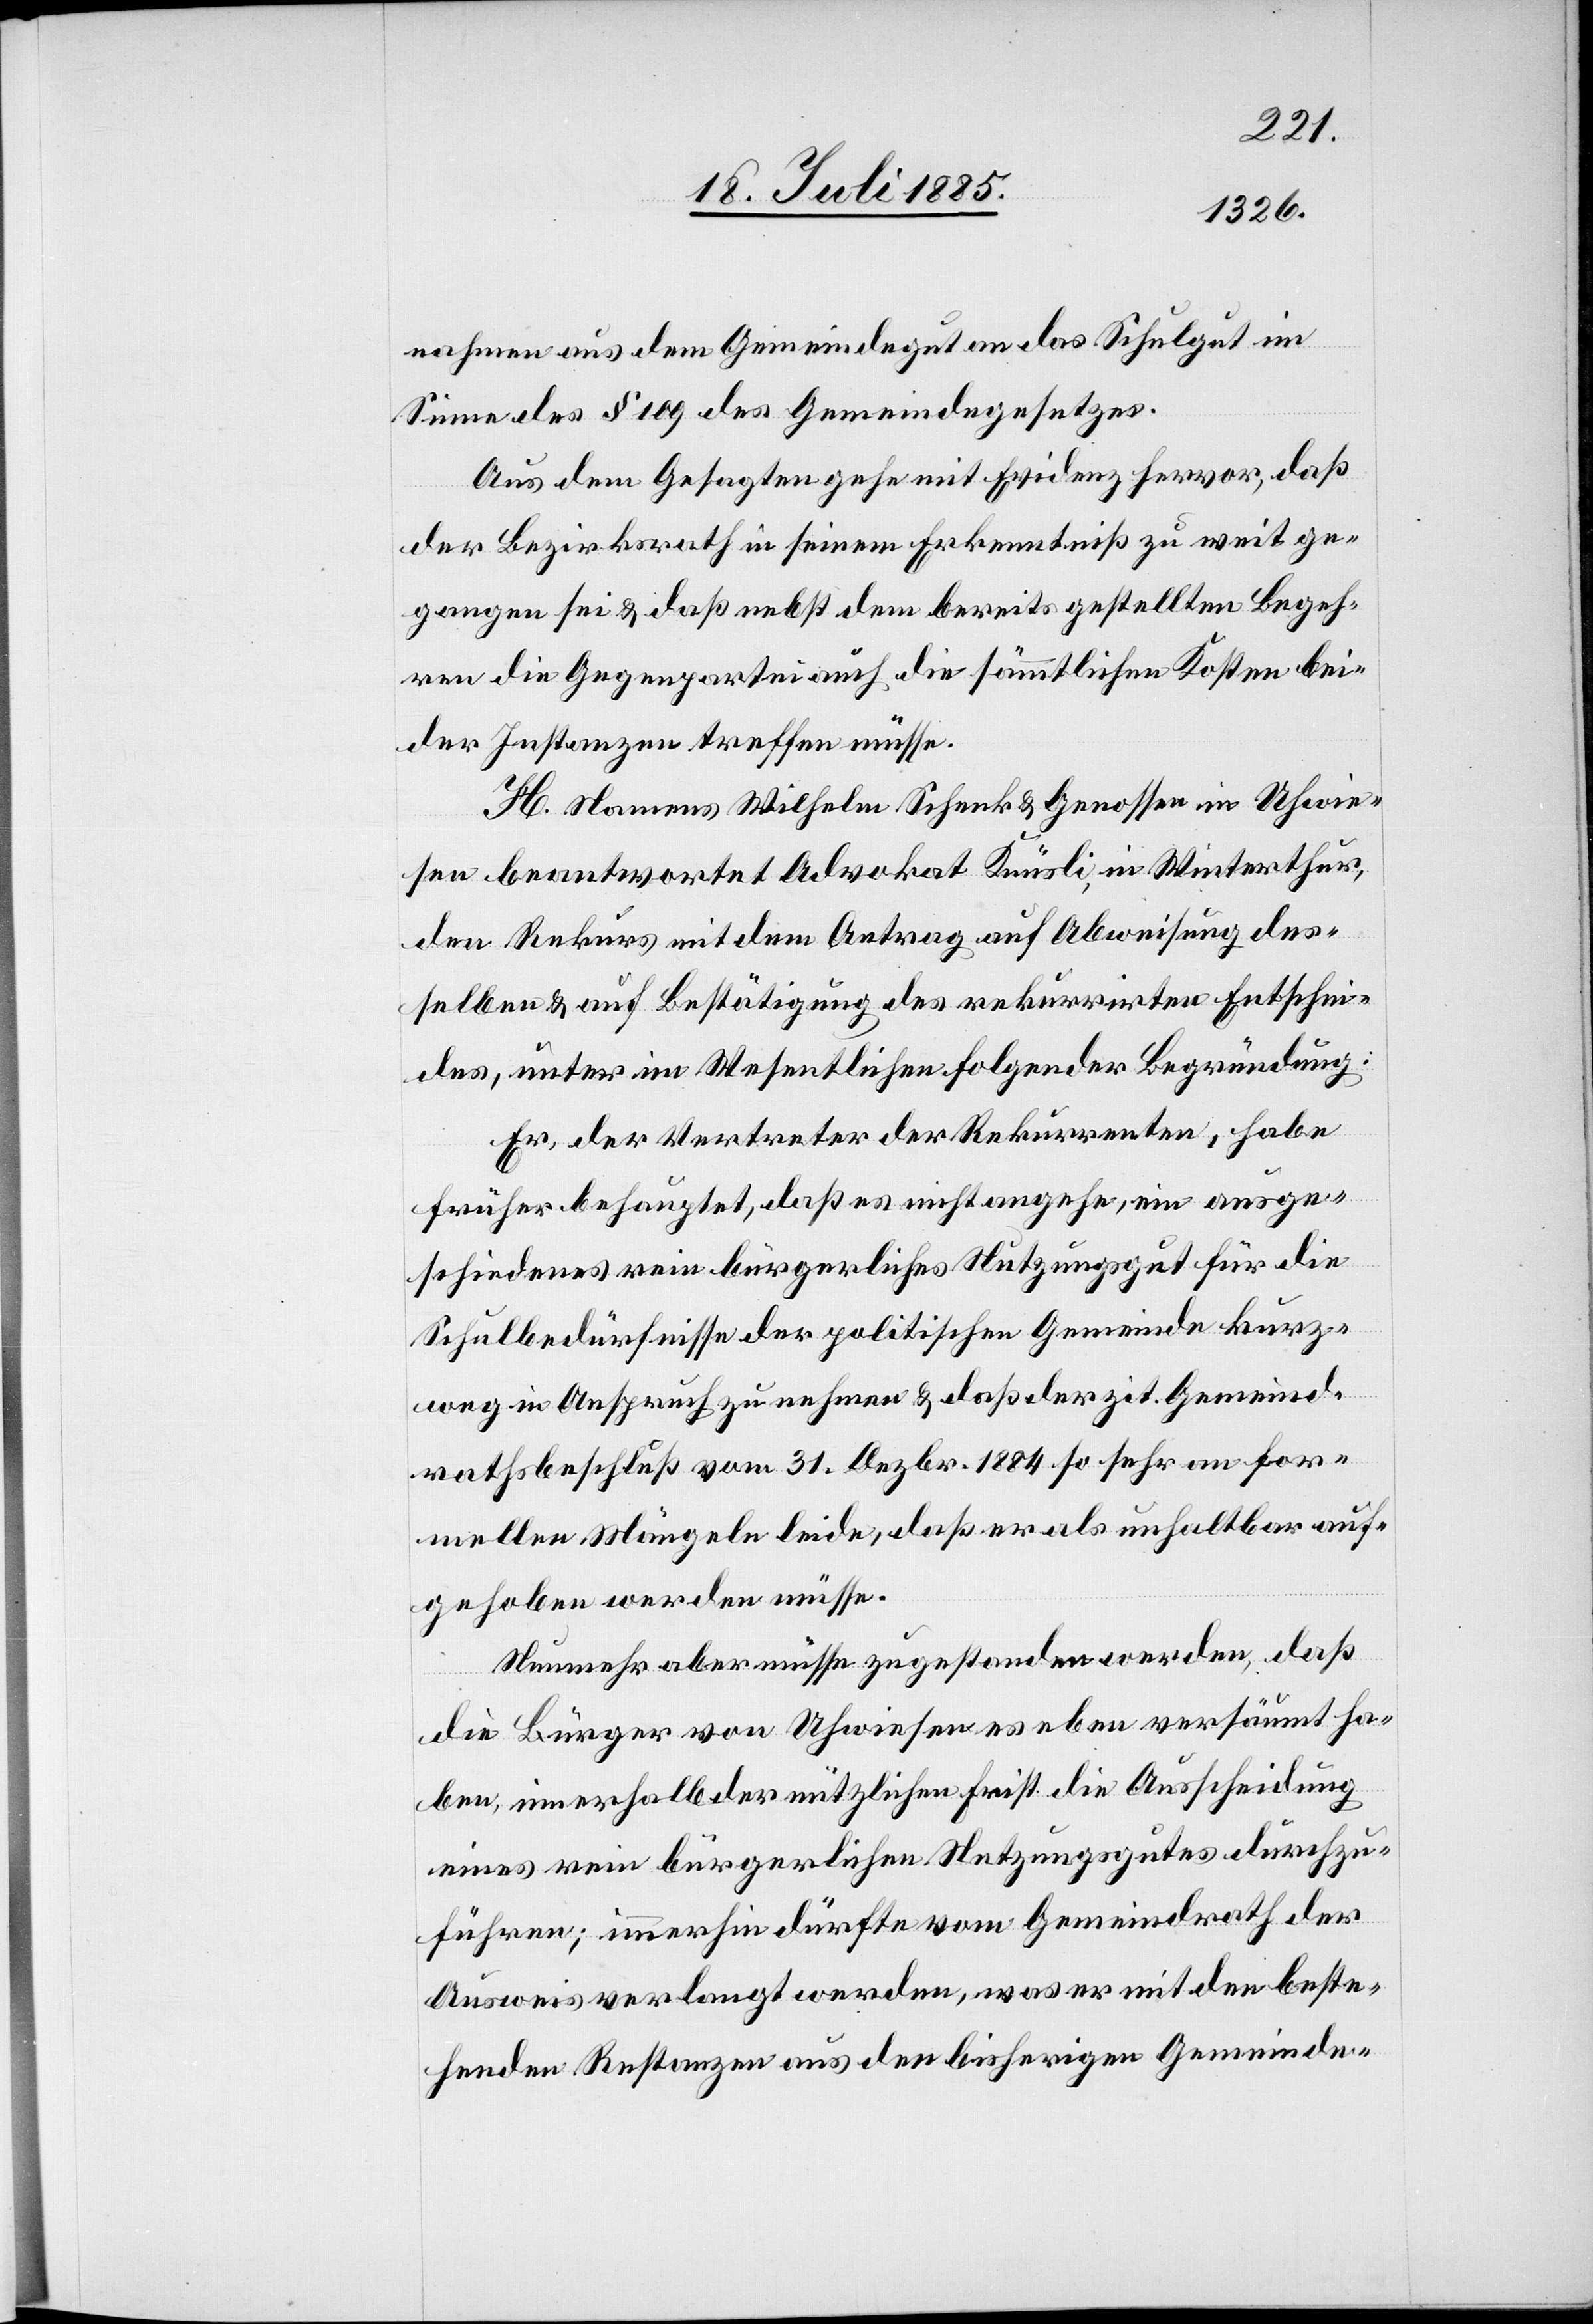
nahmen aus dem Gemeindegut an das Schulgut im
Sinne des § 109 des Gemeindegesetzes.
Aus dem Gesagten gehe mit Evidenz hervor, daß
der Bezirksrath in seinem Erkenntniß zu weit ge¬
gangen sei & daß nebst dem bereits gestellten Begeh¬
ren die Gegenpartei auch die sämmtlichen Kosten bei¬
der Instanzen treffen müsse.
H. Namens Wilhelm Schenk & Genossen in Uhwie¬
sen beantwortet Advokat Knüsli, in Winterthur,
den Rekurs mit dem Antrag auf Abweisung des¬
selben & auf Bestätigung des rekurrirten Entschei¬
des, unter im Wesentlichen folgender Begründung:
Er, der Vertreter der Rekurrenten, habe
früher behauptet, daß es nicht angehe, ein ausge¬
schiedenes rein bürgerliches Nutzungsgut für die
Schulbedürfnisse der politischen Gemeinde kurz¬
weg in Anspruch zu nehmen & daß der zit. Gemeind¬
rathsbeschluß vom 31. Dezbr. 1884 so sehr an for¬
mellen Mängeln leide, daß er als unhaltbar auf¬
gehoben werden müsse.
Nunmehr aber müsse zugestanden werden, daß
die Bürger von Uhwiesen es eben versäumt ha¬
ben, innerhalb der nützlichen Frist die Ausscheidung
eines rein bürgerlichen Nutzungsgutes durchzu¬
führen; immerhin dürfte vom Gemeindrath der
Ausweis verlangt werden, was er mit den beste¬
henden Restanzen aus den bisherigen Gemeinde-